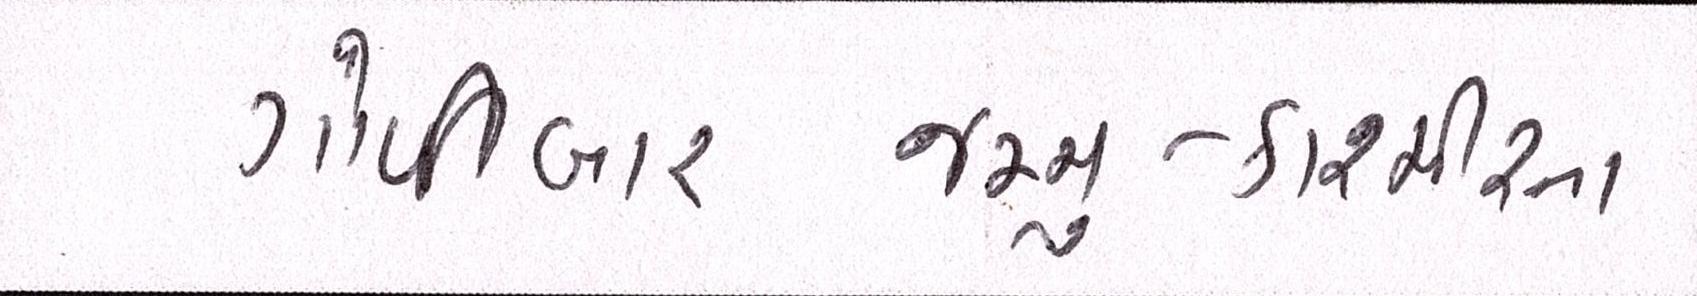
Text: ગોળીબારજમ્મુ-કાશ્મીરના